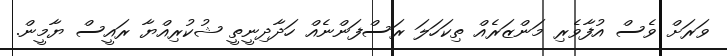
ވަރަށް ވެސް އުފާވެރި މަންޒަރެއް ތިކަހަލަ ރަސްފަންނެއް ހަދާދިނީތީ ޝުކުރިއްޔާ ރައީސް ޔާމީން.